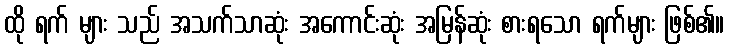
ထို ရက် များ သည် အသက်သာဆုံး အကောင်းဆုံး အမြန်ဆုံး စားရသော ရက်များ ဖြစ်၏။